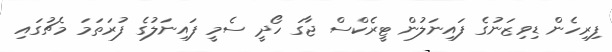
ފިރިހެން ޑިވިޒަނުގެ ފައިނަލުން ޓީރެކްސް ޖާގަ ހޯދީ ސެމީ ފައިނަލުގެ ފުރަތަމަ މެޗުގައި